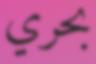
بحري